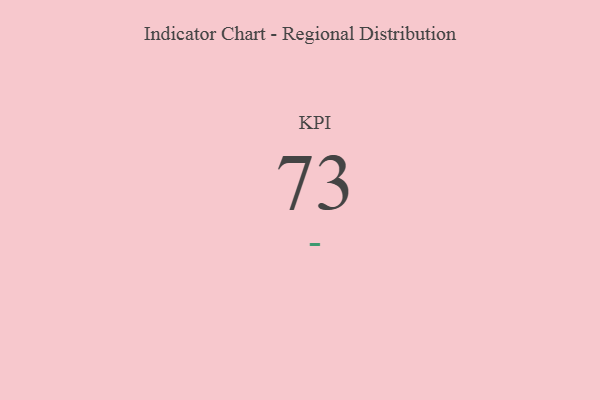
{"axis": {"x": "KPI", "y": "Value"}, "legend": [""], "data": [{"x": "KPI", "y": 73, "type": ""}]}